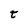
Character: T